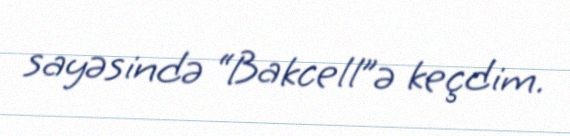
sayəsində “Bakcell”ə keçdim.